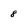
Character: 8